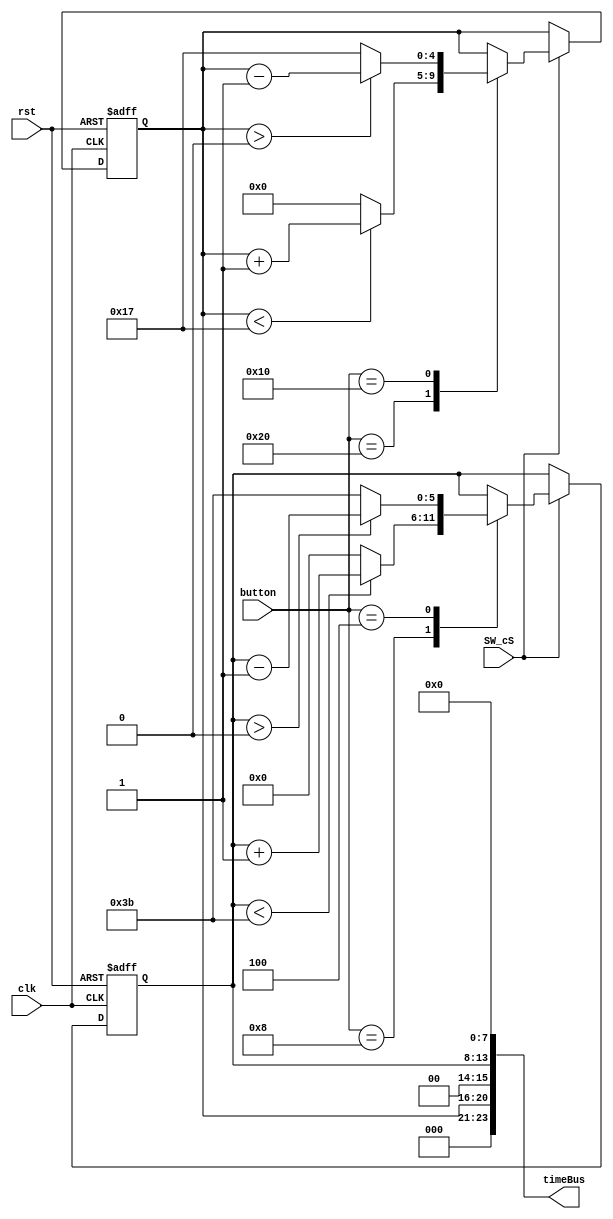
module clockSet(
  input wire rst,
  input SW_cS,
  input clk,
  input [5:0] button,
  output[23:0] timeBus
);

  reg [5:0] seconds_internal;
  reg [5:0] minutes_internal;
  reg [4:0] hours_internal;


  always @(posedge clk or negedge rst) begin
     if (~rst) begin
      seconds_internal <= 0;
      minutes_internal <= 0;
      hours_internal <= 0;
    end else begin
		if(SW_cS) begin
			case(button)
				6'b100000: begin if(hours_internal<23) hours_internal <= hours_internal + 1; else hours_internal <= 0; end
				6'b010000: begin if(hours_internal>0) hours_internal <= hours_internal - 1; else hours_internal <= 23; end
				6'b001000: begin if(minutes_internal<59) minutes_internal <= minutes_internal + 1; else minutes_internal <= 0; end
				6'b000100: begin if(minutes_internal>0) minutes_internal <= minutes_internal - 1; else minutes_internal <= 59; end

				endcase end
    end
  end
  assign timeBus = {3'b000, hours_internal, 2'b00, minutes_internal, 8'b00000000};

endmodule